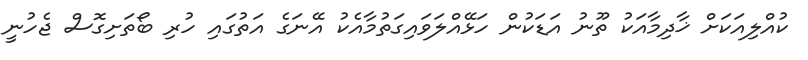
ކުއްލިއަކަށް ޚާދިމާއަކު ތޫނު އަޑަކުން ހަޅޭއްލަވައިގަތުމާއެކު އޭނަގެ އަތުގައި ހުރި ބޯތަށިގޮސް ޖެހުނީ